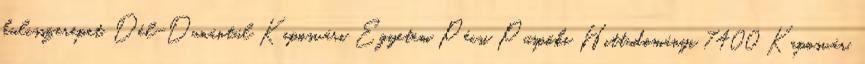
kulcsszerepet. Dél-Dunántúl Kaposvári Egyetem Pécsi Püspöki Hittudományi 7400 Kaposvár,